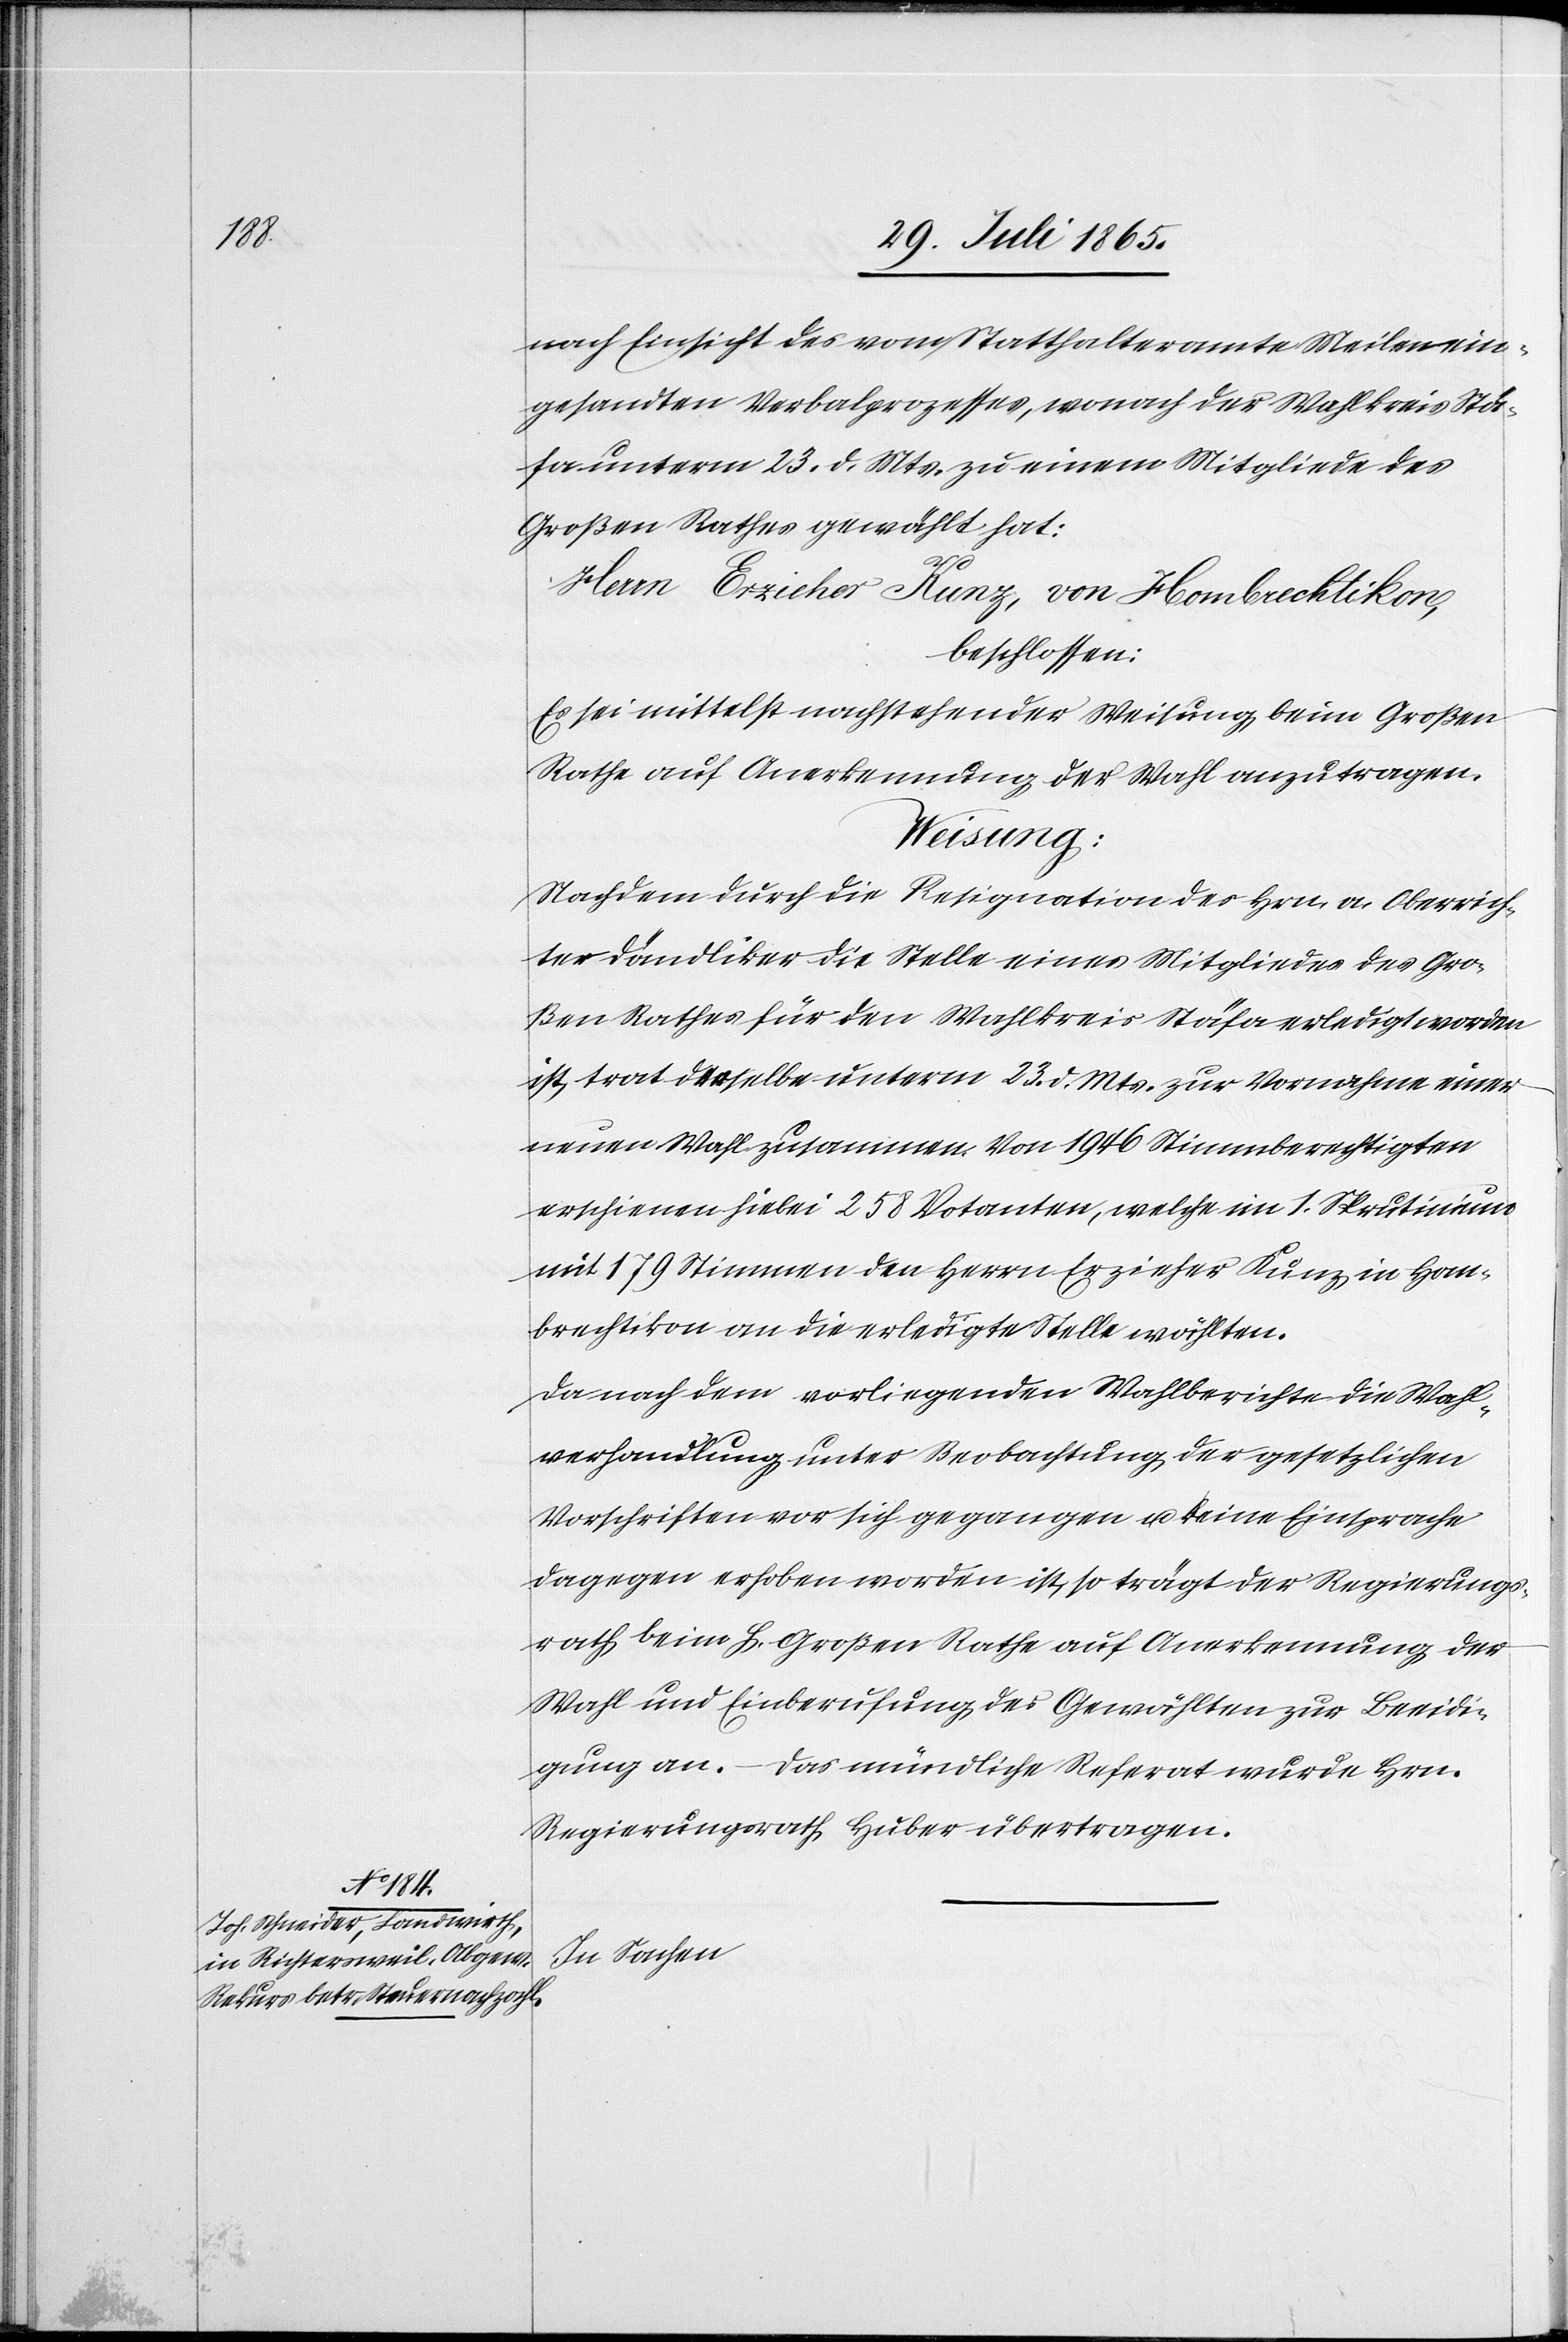
nach Einsicht des vom Statthalteramte Meilen ein¬
gesandten Verbalprozesses, wonach der Wahlkreis Stä¬
fa unterm 23. d. Mts. zu einem Mitgliede des
Großen Rathes gewählt hat:
Herrn Erzieher Kunz, von Hombrechtikon,
beschlossen:
Es sei mittelst nachstehender Weisung beim Großen
Rathe auf Anerkennung der Wahl anzutragen.
Nachdem durch die Resignation des Hrn. a. Oberrich¬
ter Dändliker die Stelle eines Mitgliedes des Gro¬
ßen Rathes für den Wahlkreis Stäfa erledigt worden
ist, trat derselbe unterm 23. d. Mts. zur Vornahme einer
neuen Wahl zusammen. Von 1946 Stimmberechtigten
erschienen hiebei 258 Votanten, welche im 1. Skrutinium
mit 179 Stimmen den Herrn Erzieher Kunz in Hom¬
brechtikon an die erledigte Stelle wählten.
Da nach dem vorliegenden Wahlberichte die Wahl¬
verhandlung unter Beobachtung der gesetzlichen
Vorschriften vor sich gegangen u. keine Einsprache
dagegen erhoben worden ist, so trägt der Regierungs¬
rath beim h. Großen Rathe auf Anerkennung der
Wahl und Einberufung des Gewählten zur Beeidi¬
gung an. – Das mündliche Referat wurde Hrn.
Regierungsrath Huber übertragen.
In Sachen